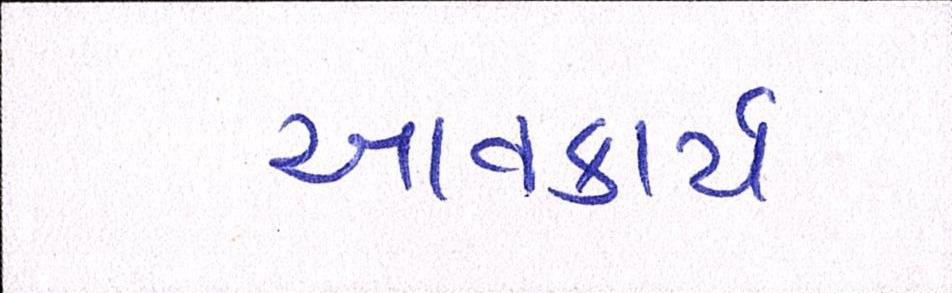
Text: આવકાર્ય